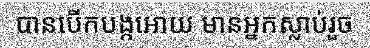
បានបើកបង្កអោយ មានអ្នកស្លាប់រួច